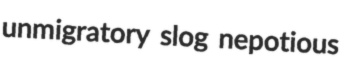
unmigratory slog nepotious